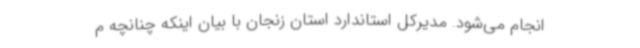
انجام می‌شود. مدیرکل استاندارد استان زنجان با بیان اینکه چنانچه م